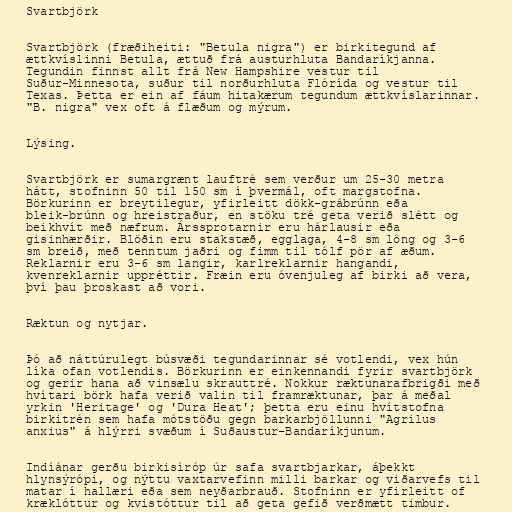
Svartbjörk

Svartbjörk (fræðiheiti: "Betula nigra") er birkitegund af
ættkvíslinni Betula, ættuð frá austurhluta Bandaríkjanna.
Tegundin finnst allt frá New Hampshire vestur til
Suður-Minnesota, suður til norðurhluta Flórída og vestur til
Texas. Þetta er ein af fáum hitakærum tegundum ættkvíslarinnar.
"B. nigra" vex oft á flæðum og mýrum.

Lýsing.

Svartbjörk er sumargrænt lauftré sem verður um 25-30 metra
hátt, stofninn 50 til 150 sm í þvermál, oft margstofna.
Börkurinn er breytilegur, yfirleitt dökk-grábrúnn eða
bleik-brúnn og hreistraður, en stöku tré geta verið slétt og
beikhvít með næfrum. Árssprotarnir eru hárlausir eða
gisinhærðir. Blöðin eru stakstæð, egglaga, 4-8 sm löng og 3-6
sm breið, með tenntum jaðri og fimm til tólf pör af æðum.
Reklarnir eru 3-6 sm langir, karlreklarnir hangandi,
kvenreklarnir uppréttir. Fræin eru óvenjuleg af birki að vera,
því þau þroskast að vori.

Ræktun og nytjar.

Þó að náttúrulegt búsvæði tegundarinnar sé votlendi, vex hún
líka ofan votlendis. Börkurinn er einkennandi fyrir svartbjörk
og gerir hana að vinsælu skrauttré. Nokkur ræktunarafbrigði með
hvítari börk hafa verið valin til framræktunar, þar á meðal
yrkin 'Heritage' og 'Dura Heat'; þetta eru einu hvítstofna
birkitrén sem hafa mótstöðu gegn barkarbjöllunni "Agrilus
anxius" á hlýrri svæðum í Suðaustur-Bandaríkjunum.

Indíánar gerðu birkisíróp úr safa svartbjarkar, áþekkt
hlynsýrópi, og nýttu vaxtarvefinn milli barkar og viðarvefs til
matar í hallæri eða sem neyðarbrauð. Stofninn er yfirleitt of
kræklóttur og kvistóttur til að geta gefið verðmætt timbur.